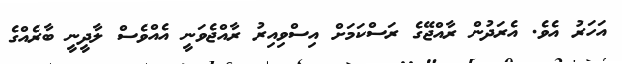
އަހަރު އެވެ. އެރަދުން ރާއްޖޭގެ ރަސްކަމަށް އިސްވިއިރު ރާއްޖެވަނީ އެއްވެސް ލާދީނީ ބާރެއްގެ